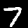
Label: 7